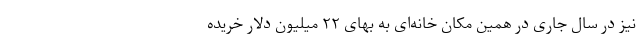
نیز در سال جاری در همین مکان خانه‌ای به بهای ۲۲ میلیون دلار خریده